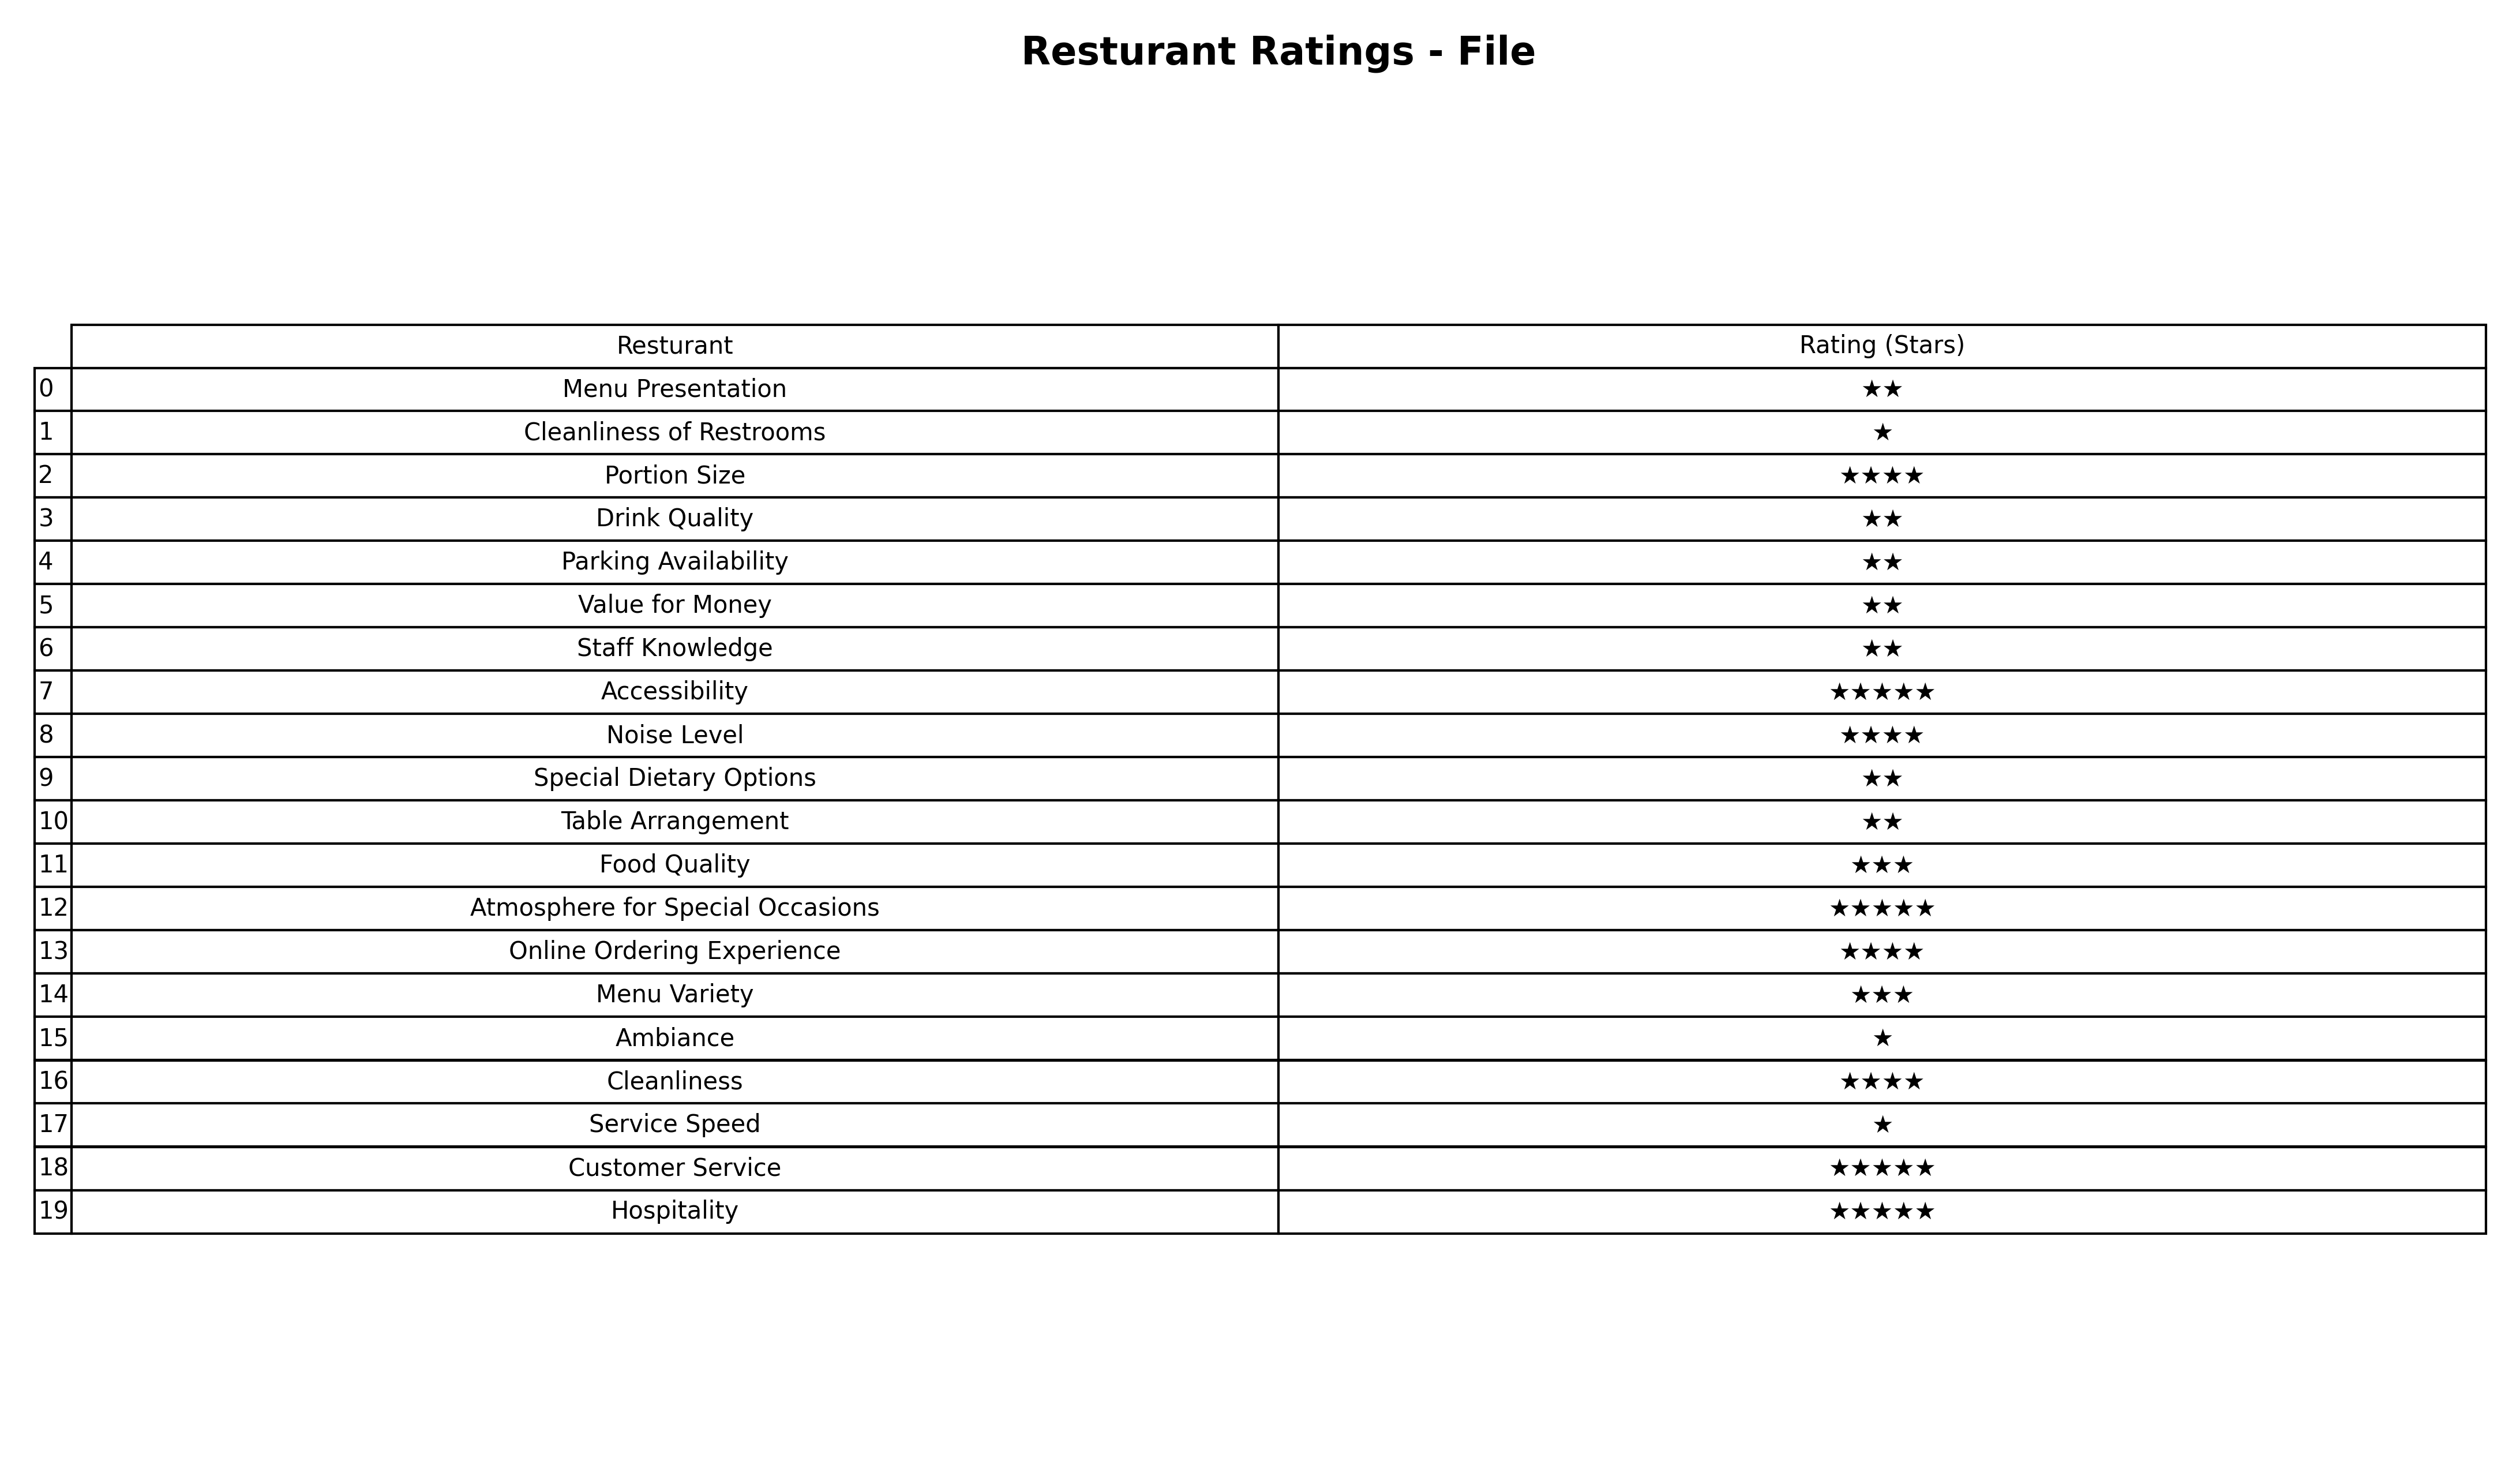
question: Which services are rated average?
answer: Food QualityMenu Variety